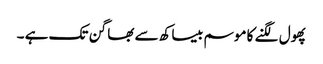
پھول لگنے کا موسم بیساکھ سے بھاگن تک ہے ۔